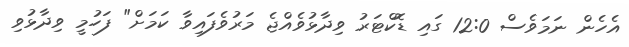
އެހެން ނަމަވެސް 12:0 ގައި ޑޮކްޓަރު ވިދާޅުވެއްޖެ މަރުވެފައިވާ ކަމަށް" ފަހުމީ ވިދާޅުވި